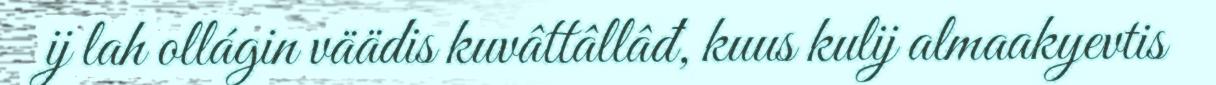
ij lah ollágin väädis kuvâttâllâđ, kuus kulij almaakyevtis